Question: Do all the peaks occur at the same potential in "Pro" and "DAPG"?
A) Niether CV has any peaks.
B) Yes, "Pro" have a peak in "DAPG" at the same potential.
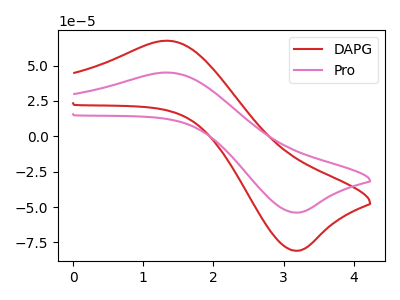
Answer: <think>The red curve "DAPG" has an anodic peak at (1.30V, 67.50uA) and a cathodic peak at (3.20V, -80.85uA). The pink curve "Pro" has an anodic peak at (1.30V, 45.05uA) and a cathodic peak at (3.20V, -53.90uA).</think>
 <answer>B) Yes, "Pro" have a peak in "DAPG" at the same potential.</answer>
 <eval>B</eval>